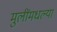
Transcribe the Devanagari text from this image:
मुलींमधल्या